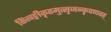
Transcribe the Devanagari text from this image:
किंत्वङ्गीकृतमुत्सृजन्कृपणवत्